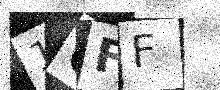
Text: 1QFF